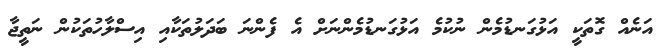
އަނެއް ގޮތަކީ އަޅުގަނޑުމެން ނުކުމެ އަޅުގަނޑުމެންނަށް އެ ފެންނަ ބަދަލުތަކާއި އިސްލާހުތަކުން ނަތީޖާ